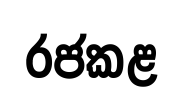
රජකළ